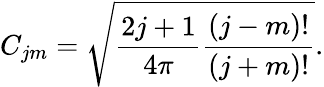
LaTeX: C_{jm}=\sqrt{\frac{2j+1}{4\pi}\frac{(j-m)!}{(j+m)!}}.